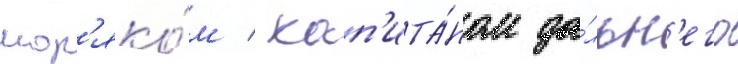
мор'яко́м / кап'ита́ном да́льн'его